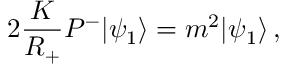
2 \frac { K } { R _ { + } } P ^ { - } | \psi _ { 1 } \rangle = m ^ { 2 } | \psi _ { 1 } \rangle \, ,